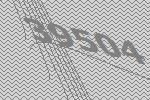
39504